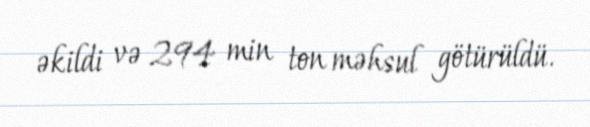
əkildi və 294 min ton məhsul götürüldü.